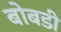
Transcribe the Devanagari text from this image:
बोबडी